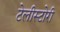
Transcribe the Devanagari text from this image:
टेलीस्टोरी